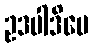
ဥဒပါဒိပေ